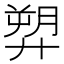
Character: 𢍥